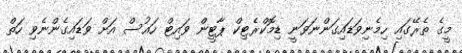
މީގެ ތެރޭގައި ހިމެނިވަޑައިގަންނަވަނީ ޑިމޮކްރެޓިކް ޕާޓީން ވައިޓް ހައުސް އަށް ވަޑައިގެންނެވި ހަތް